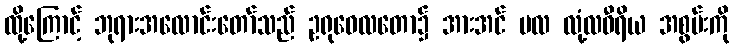
ထို့ကြောင့် ဘုရားအလောင်းတော်သည် ဥရုဝေလတော၌ အားအင် ဗလ လုံ့လဝီရိယ အစွမ်းကို